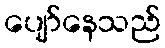
ပျော်နေသည်